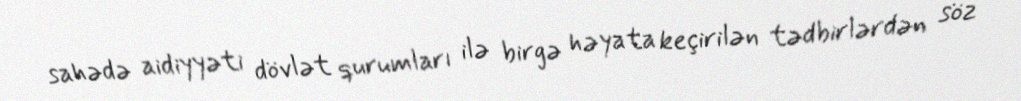
sahədə aidiyyəti dövlət qurumları ilə birgə həyata keçirilən tədbirlərdən söz